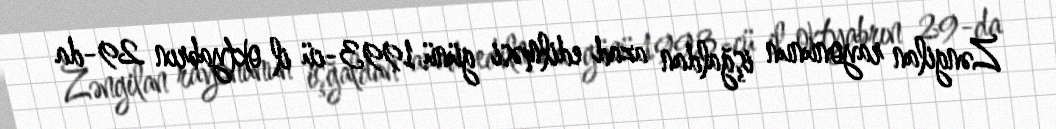
Zəngilan rayonunun işğaldan azad edilməsi günü 1993-cü il oktyabrın 29-da